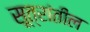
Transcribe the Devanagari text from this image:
सूत्रांतील